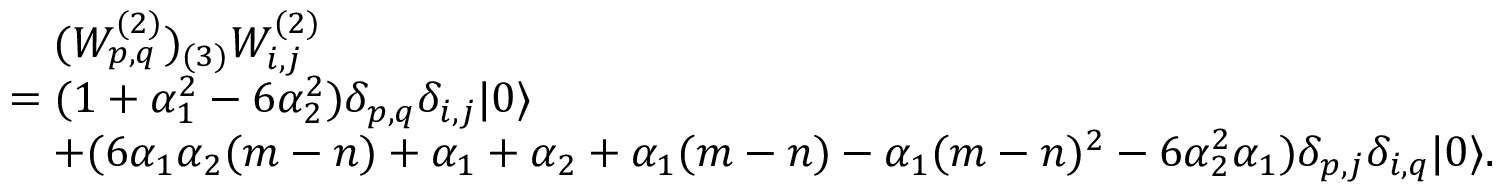
\begin{array} { r l } & { \quad ( W _ { p , q } ^ { ( 2 ) } ) _ { ( 3 ) } W _ { i , j } ^ { ( 2 ) } } \\ & { = ( 1 + \alpha _ { 1 } ^ { 2 } - 6 \alpha _ { 2 } ^ { 2 } ) \delta _ { p , q } \delta _ { i , j } | 0 \rangle } \\ & { \quad + ( 6 \alpha _ { 1 } \alpha _ { 2 } ( m - n ) + \alpha _ { 1 } + \alpha _ { 2 } + \alpha _ { 1 } ( m - n ) - \alpha _ { 1 } ( m - n ) ^ { 2 } - 6 \alpha _ { 2 } ^ { 2 } \alpha _ { 1 } ) \delta _ { p , j } \delta _ { i , q } | 0 \rangle . } \end{array}